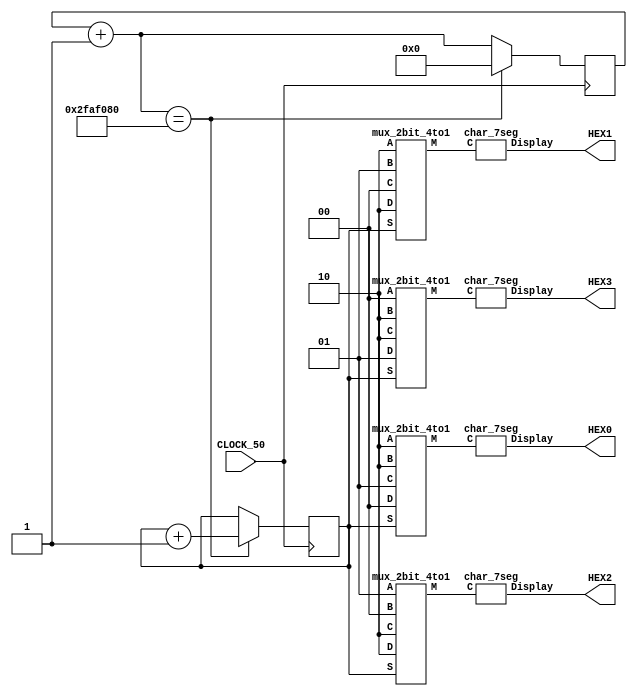
module part4(CLOCK_50, HEX0, HEX1, HEX2, HEX3);
	input CLOCK_50;
	output[6:0] HEX0, HEX1, HEX2, HEX3;
	reg[25:0] counter;
	reg[1:0] cycle;
	wire[1:0] w0, w1, w2, w3;
	parameter P = 2'b00, A = 2'b01, S = 2'b10;
	
	
	always@(posedge CLOCK_50)
	begin
		
		counter = counter + 1;
		if(counter == 50000000)
		begin
			
			// cycle = 0 : P A S S
			// cycle = 1 : S P A S
			// cycle = 2 : S S P A
			// cycle = 3 : A S S P
			cycle = cycle + 1;
			counter = 0;
		end
	end

	
	mux_2bit_4to1 u0(P, S, S, A, cycle, w0);	
	mux_2bit_4to1 u1(A, P, S, S, cycle, w1);
	mux_2bit_4to1 u2(S, A, P, S, cycle, w2);
	mux_2bit_4to1 u3(S, S, A, P, cycle, w3);
	char_7seg c0(w0, HEX3);
	char_7seg c1(w1, HEX2);
	char_7seg c2(w2, HEX1);
	char_7seg c3(w3, HEX0);
endmodule



module mux_2bit_4to1(A,B,C,D,S,M);
	input[1:0] A, B, C, D, S;
	output[1:0] M;
	wire[1:0] X, Y;
	
	mux_2bit_2to1 m0(A,B,S[0],X);
	mux_2bit_2to1 m1(C,D,S[0],Y);
	mux_2bit_2to1 m2(X,Y,S[1],M);
endmodule


// 2-bit 2-to-1 Mux
module mux_2bit_2to1(X,Y,s,M);
   input[1:0] X,Y;
   input s;
   output [1:0] M;

   assign M = ({2{~s}} & X) | ({2{s}} & Y);
endmodule


// Seven-Segment Decoder
module char_7seg(C, Display);
	input[1:0] C;
	output[6:0] Display;
	
	assign Display[1] = C[1]&~C[0];
	assign Display[2] = ~C[1]&~C[0];
	assign Display[3] = ~C[1]&~C[0] | ~C[1]&C[0];
	assign Display[4] = C[1]&~C[0];
endmodule